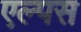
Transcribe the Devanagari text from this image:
एल्पस